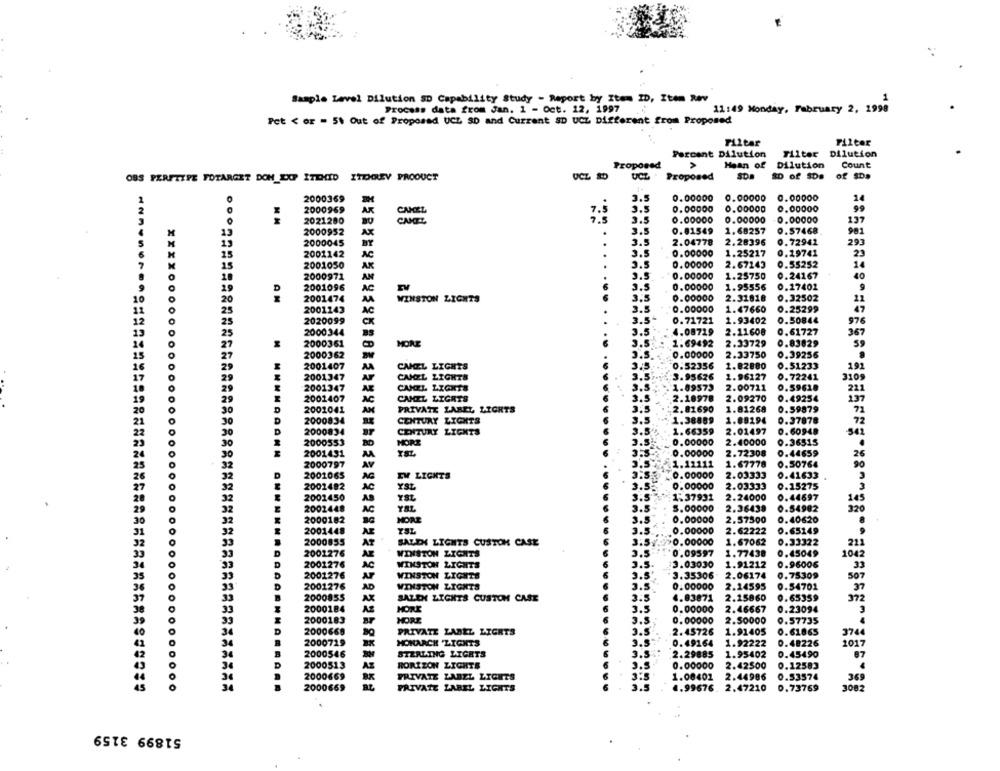
Sample Level Dilution SD Capability Study - Report by Item ID, Item Rev
1
Process data from Jan. 1 - Oct. 12, 1997
11:49 Monday, February 2, 1998
Pct < or = 54 Out of Proposed UCL 90 and Current SD UCZ Different from Proposed
Filtar
Filter
Percent Dilution
Tilter Dilution
Proposed
Mean of Dilution
Count
OBS PERFTIPE FOTARGET DOH_DOP ITEHID ITDIGREY PROOUCT
OCZ SO
UCZ
Proposed
SDA
SD of SDe of $D.
2000369
3.5
0.00000
0.00000
0.00000
1
2000969
CANCEL
3.5
0.00000
0.00000
0.00000
7.
2021280
CAMEL
3.5
0.00000
0.00000
0.00000
137
2000952
AX
3.5
0.81549
1.68257
0.57468
981
2000045
..
3.5
2.04778
2.28396
0.72941
293
2001142
AC
3.5
0.00000
1.25217
0.19741
23
0.55252
2001050
AK
3.5
0.00000
2.67143
2000971
AN
3.5
0.00000
1.25750
0.24167
2001096
3.5
1.95556
0.27401
AC
0.00000
9
2001474
WINSTON LIGHTS
3.5
0.00000
2.31818
0.32502
11
2001143
3.5
0.00000
1.47660
0.25299
47
2020099
3.5
0.71721
1.93402
0.50844
976
2000344
3.5
4.08729
2.11608
0.61727
387
2000361
MORE
3.5
1.69492
2.33729
0.83829
59
2000362
0.00000
2.33750
0.39256
2001407
A
CAMEL LIGHTS
3.5
0.52356
2.82880
0.51233
191
2001347
CAMEL LIGHTS
3.5
3.95626
1.96127
0.72241
3105
2001347
0.59618
CUHEL LIONTS
3.5
1.09573
2.00711
221
2001407
CAHIL LIGHTS
3.5
2.10978
2.09270
0.49254
D
2001041
PRIVATE LABEL LIGHTS
3.5
2.81690
1.81268
0.59879
197
71
AN
D
D
2000834
CENTURY LIGHTS
3.5
1.38869
1.89194
0.37878
72
D
D
2000834
CENTURY LIGHTS
3.5
1.66359
2.01497
0.60948
542
2000553
MORE
3.
0.00000
2.40000
0.36515
2001431
0.00000
2.72308
0.44659
2000797
3.5:
0.50764
26
AV
1.12111
1.67778
90
D
D
2001065
EW LIGHTS
3.55
0.00000
2.03333
0.41633
2002482
YSL
3.5
0.00000
2.03333
0.15275
AC
2001450
AB
YSL
3.5'
1.37931
2.24000
0.44697
2002448
AC
YIL
3.5
5.00000
2.36438
0.54982
1.45
2000182
MORE
3.5
0.00000
2.57500
0.40620
2001448
3.5
0.00000
2.62222
0.65149
2000855
3.5.
1.67062
0.33322
AT
SALEN LIGHTS CUSTOM CASE
0.00000
211
D
2001276
AR
WINSTON LIGHTS
3.5
0.09597
1.77438
0.45049
1042
2001276
WINSTON LIGHTS
3.5
3.03030
1.91212
0.96006
AC
33
2001276
WINSTON LIGHTS
3.5
3.35306
2.06174
0.75309
507
D
2001276
WINSTON LIGHTS
3.5
0.00000
2.14595
0.54701
10
2000855
SALEH LIGHTS CUSTOM CASE
3.5
4.83871
2.25860
0.65359
2000184
HORE
3.5
0.00000
2.46667
0.23094
2000183
HORE
3.5
0.00000
2.50000
0.57735
D
2000668
PRIVATE LABEL LIGHTS
3.5
2.45726
1.91405
0.61865
3744
2017
2000729
MONARCH LIGHTS
3.5
0.49164
1.92222
0.48226
2000546
STERLING LIGHTS
3.5
2.29885
1.95402
0.45490
87
D
D
HORIZON LIGHTS
2000513
2.3
0.00000
2.42500
0.12583
200066
PRIVATE LABEL LIGHTS
3:5
1.00401
2.44986
0.53574
369
3.5
4.99676. 2.47210
0.73769
3082
2000669
PRIVATE LABEL LIGHTS
51899 3159